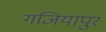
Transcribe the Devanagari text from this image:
गजियापुर